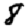
Digit: 8